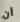
أن